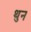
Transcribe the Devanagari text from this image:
थुन